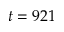
t = 9 2 1